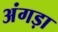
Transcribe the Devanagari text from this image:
अंगड़ा